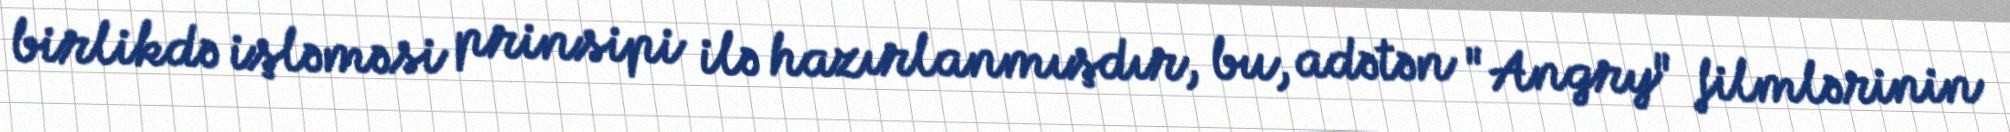
birlikdə işləməsi prinsipi ilə hazırlanmışdır, bu, adətən "Angry" filmlərinin